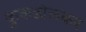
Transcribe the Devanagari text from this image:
कुकडोलकर